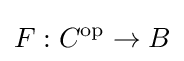
F:C^{\text{op}}\to B